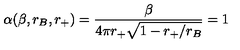
\alpha ( \beta , r _ { B } , r _ { + } ) = { \frac { \beta } { 4 \pi r _ { + } \sqrt { 1 - { r _ { + } / r _ { B } } } } } = 1